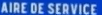
AIRE DE SERVICE